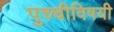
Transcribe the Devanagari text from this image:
पुच्चीविषयी